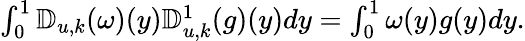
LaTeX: \begin{array}{r}{\int_{0}^{1}\mathbb{D}_{u,k}(\omega)(y)\mathbb{D}_{u,k}^{1}(g)(y)dy=\int_{0}^{1}\omega(y)g(y)dy.}\end{array}